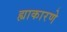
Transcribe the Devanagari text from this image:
ह्याकारणे